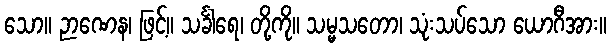
သော။ ဉာဏေန၊ ဖြင့်။ သင်္ခါရေ၊ တို့ကို။ သမ္မသတော၊ သုံးသပ်သော ယောဂီအား။